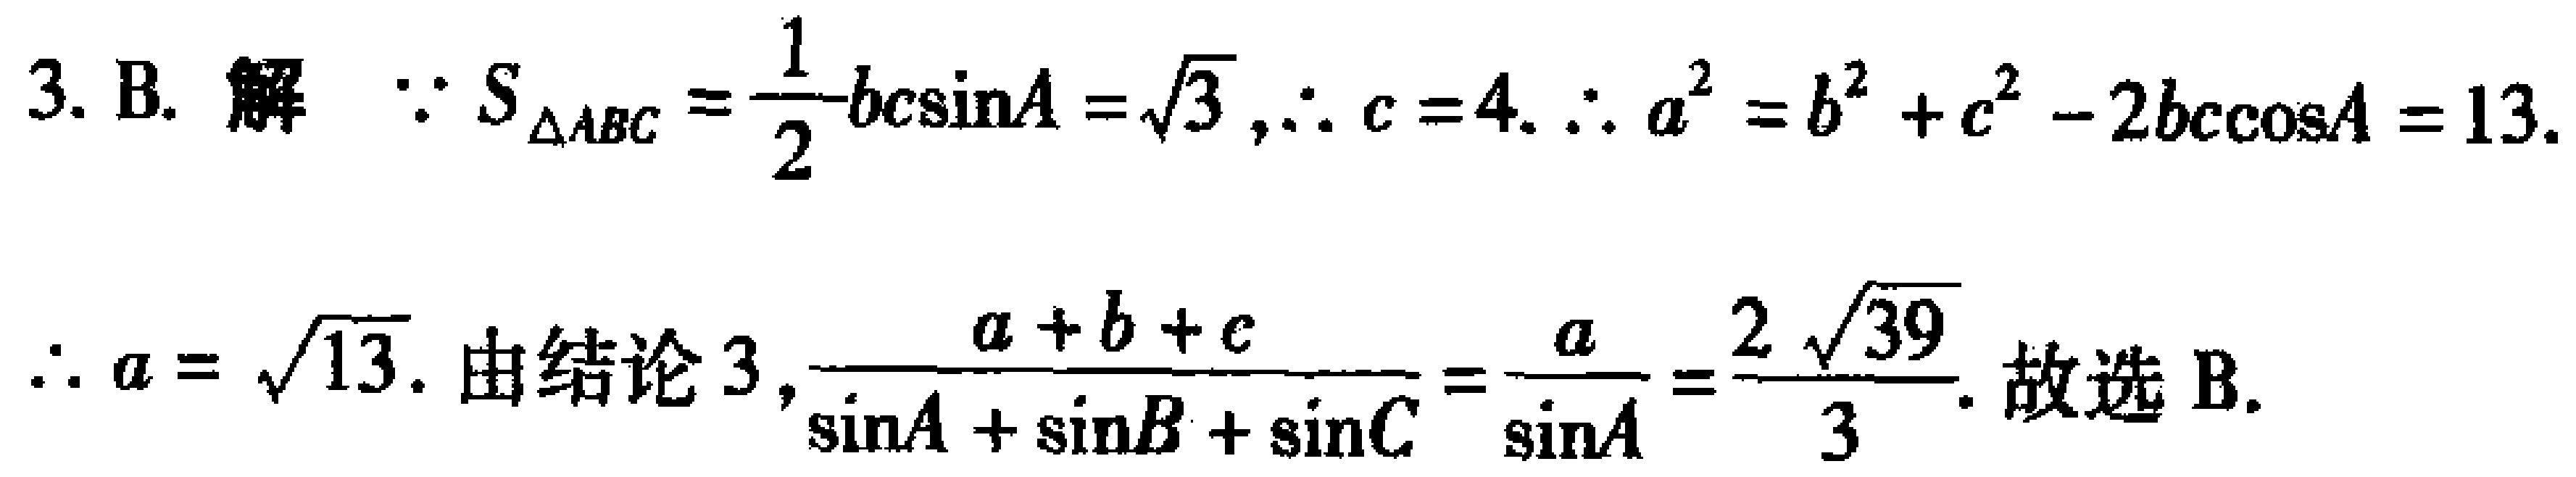
3. B. 解 $\because S_{\triangle ABC}=\frac{1}{2}bc\sin A = \sqrt{3},\therefore c = 4.\therefore a^{2}=b^{2}+c^{2}-2bc\cos A = 13.$
$\therefore a = \sqrt{13}.$ 由结论 3，$\frac{a + b + c}{\sin A+\sin B+\sin C}=\frac{a}{\sin A}=\frac{2\sqrt{39}}{3}.$ 故选 B.